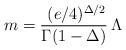
LaTeX: \begin{align*}m= {\, \, (e/4)^{\Delta /2} \over \Gamma(1- \Delta)} \,\Lambda\end{align*}